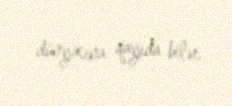
dünyasına qayıda bilər.